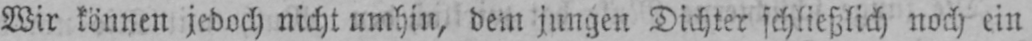
Wir können jedoch nicht umhin, dem jungen Dichter schließlich noch ein